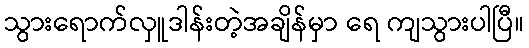
သွားရောက်လှူဒါန်းတဲ့အချိန်မှာ ရေ ကျသွားပါပြီ။